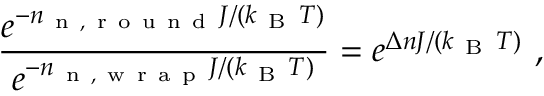
\frac { e ^ { - n _ { \mathrm { ~ n ~ , ~ r ~ o ~ u ~ n ~ d ~ } } J / ( k _ { \mathrm { ~ B ~ } } T ) } } { e ^ { - n _ { \mathrm { ~ n ~ , ~ w ~ r ~ a ~ p ~ } } J / ( k _ { \mathrm { ~ B ~ } } T ) } } = e ^ { \Delta n J / ( k _ { \mathrm { ~ B ~ } } T ) } \ ,